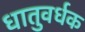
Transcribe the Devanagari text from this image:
धातुवर्धक